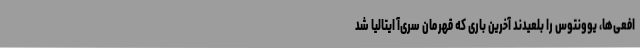
افعی‌ها، یوونتوس را بلعیدند آخرین باری که قهرمان سری‌آ ایتالیا شد